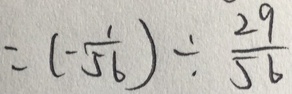
= ( - \frac { 1 } { 5 6 } ) \div \frac { 2 9 } { 5 6 }